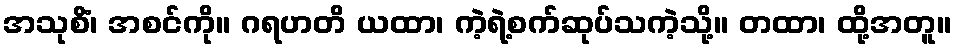
အသုစိံ၊ အစင်ကို။ ဂရဟတိ ယထာ၊ ကဲ့ရဲ့စက်ဆုပ်သကဲ့သို့။ တထာ၊ ထို့အတူ။